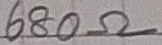
Text: 680Ω